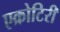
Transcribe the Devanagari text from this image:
एक्रोटिरी